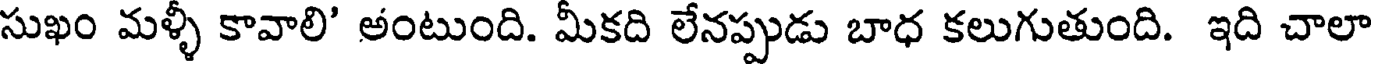
సుఖం మళ్ళీ కావాలి' అంటుంది. మీకది లేనప్పుడు బాధ కలుగుతుంది. ఇది చాలా